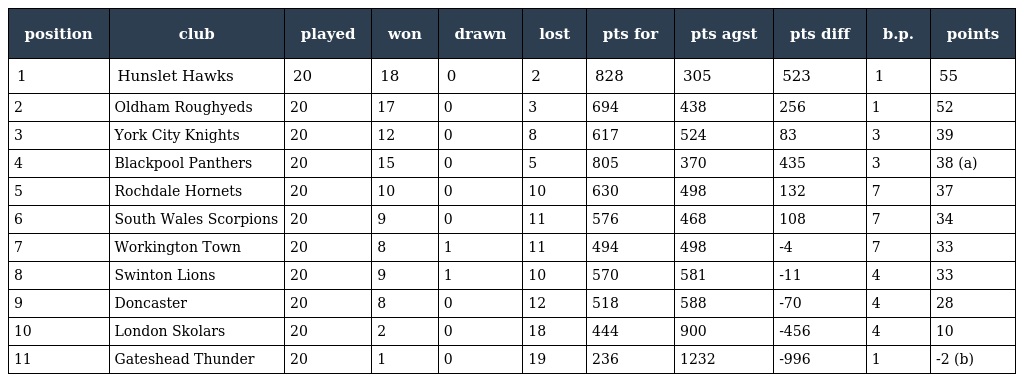
| position | club | played | won | drawn | lost | pts for | pts agst | pts diff | b.p. | points |
 | --- | --- | --- | --- | --- | --- | --- | --- | --- | --- | --- |
 | 1 | Hunslet Hawks | 20 | 18 | 0 | 2 | 828 | 305 | 523 | 1 | 55 |
 | 2 | Oldham Roughyeds | 20 | 17 | 0 | 3 | 694 | 438 | 256 | 1 | 52 |
 | 3 | York City Knights | 20 | 12 | 0 | 8 | 617 | 524 | 83 | 3 | 39 |
 | 4 | Blackpool Panthers | 20 | 15 | 0 | 5 | 805 | 370 | 435 | 3 | 38 (a) |
 | 5 | Rochdale Hornets | 20 | 10 | 0 | 10 | 630 | 498 | 132 | 7 | 37 |
 | 6 | South Wales Scorpions | 20 | 9 | 0 | 11 | 576 | 468 | 108 | 7 | 34 |
 | 7 | Workington Town | 20 | 8 | 1 | 11 | 494 | 498 | -4 | 7 | 33 |
 | 8 | Swinton Lions | 20 | 9 | 1 | 10 | 570 | 581 | -11 | 4 | 33 |
 | 9 | Doncaster | 20 | 8 | 0 | 12 | 518 | 588 | -70 | 4 | 28 |
 | 10 | London Skolars | 20 | 2 | 0 | 18 | 444 | 900 | -456 | 4 | 10 |
 | 11 | Gateshead Thunder | 20 | 1 | 0 | 19 | 236 | 1232 | -996 | 1 | -2 (b) |